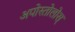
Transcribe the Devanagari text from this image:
अपोस्तोलोस्